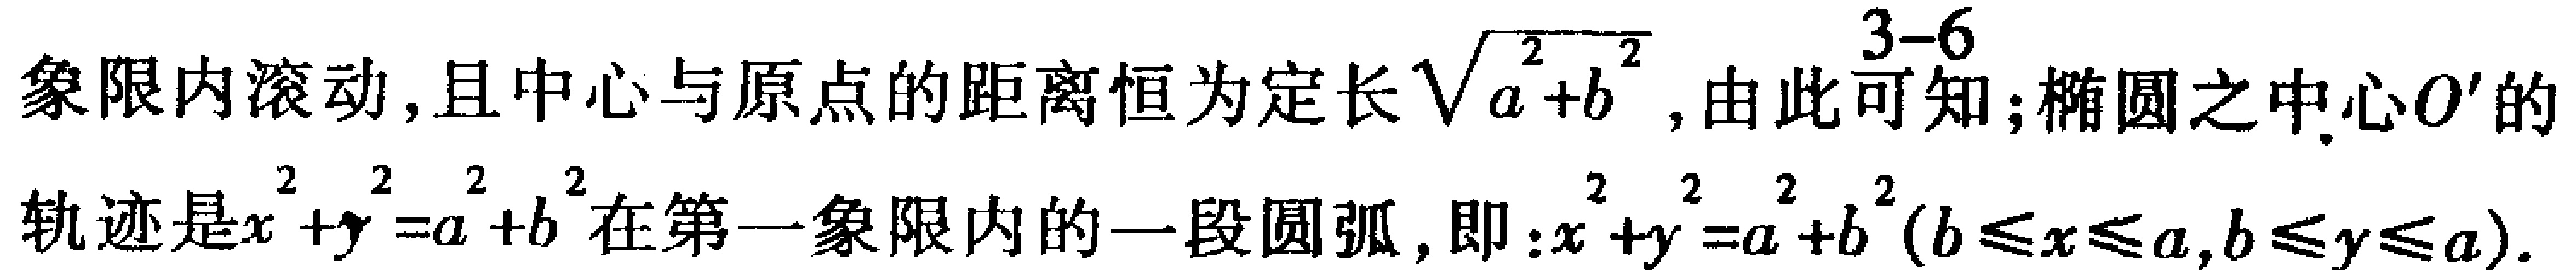
象限内滚动, 且中心与原点的距离恒为定长$\sqrt{a^{2}+b^{2}}$, 由此可知; 椭圆之中心$O'$的

轨迹是$x^{2}+y^{2}=a^{2}+b^{2}$在第一象限内的一段圆弧, 即: $x^{2}+y^{2}=a^{2}+b^{2}(b\leqslant x\leqslant a,b\leqslant y\leqslant a)$.